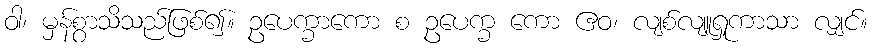
ဝါ၊ မှန်စွာသိသည်ဖြစ်၍။ ဥပေက္ခာကော စ ဥပေက္ခ ကော ဧဝ၊ လျစ်လျူရှုကာသာ လျှင်။